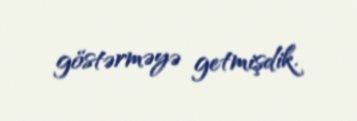
göstərməyə getmişdik.